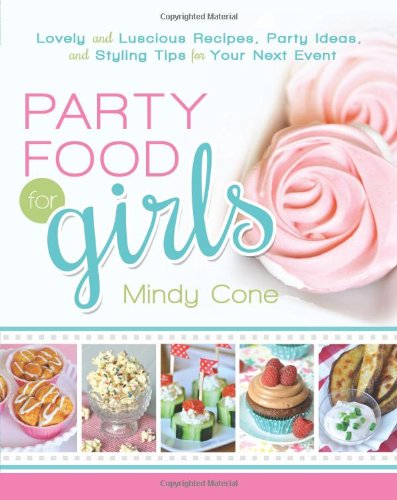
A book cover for Party Food for Girls: Lovely and Luscious Recipes, Party Ideas, and Styling Tips for Your Next Event; Mindy Cone; Cookbooks, Food & Wine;